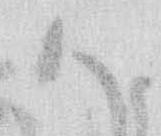
御